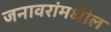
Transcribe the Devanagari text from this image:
जनावरांमधील